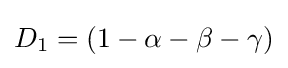
D_{1}=\left(1-\alpha -\beta -\gamma \right)